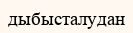
дыбысталудан